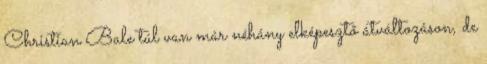
Christian Bale túl van már néhány elképesztő átváltozáson, de